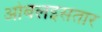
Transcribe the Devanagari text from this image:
ओबलइसतार